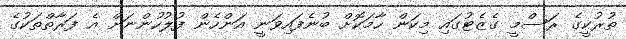
ތުރުކީގެ ރަސްމީ ގެޒެޓުގައި މިކަން ހާމަކޮށް ބުނެފައިވަނީ އަންހެން ފުލުހުންނަށް އެ ފަރާތްތަކުގެ